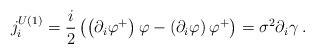
LaTeX: \begin{align*}j_{i}^{U(1)}=\frac{i}{2}\left( \left( \partial _{i}\varphi ^{+}\right)\varphi -\left( \partial _{i}\varphi \right) \varphi ^{+}\right) =\sigma^{2}\partial _{i}\gamma \;\mathrm{.} \end{align*}